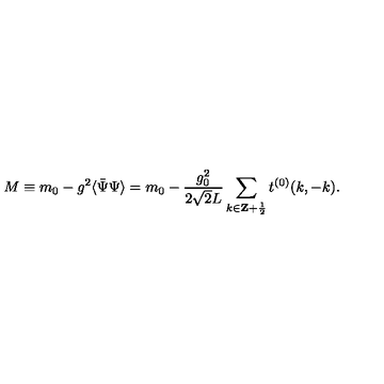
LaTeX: M \equiv m _ { 0 } - g ^ { 2 } \langle \bar { \Psi } \Psi \rangle = m _ { 0 } - \frac { g _ { 0 } ^ { 2 } } { 2 \sqrt { 2 } L } \sum _ { k \in { \bf Z } + \frac { 1 } { 2 } } t ^ { ( 0 ) } ( k , - k ) .